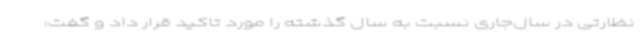
نظارتی در سال‌جاری نسبت به سال گذشته را مورد تاکید قرار داد و گفت: